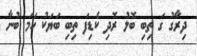
ދިރާގު ގަ ތިބި ބޮލު ރޮދި ކެޑިފަ ތިބި ބަޔަކު ހަމަ ބުނާ